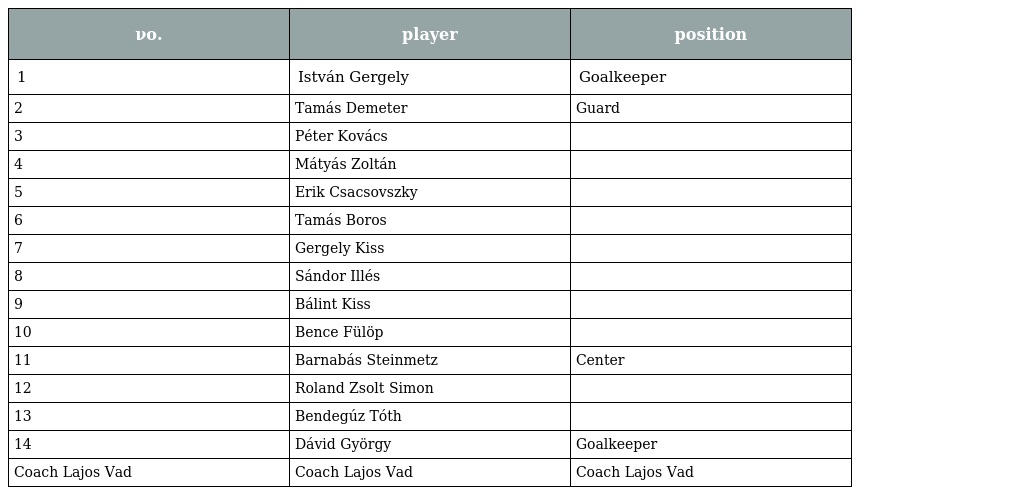
| νο. | player | position |
 | --- | --- | --- |
 | 1 | István Gergely | Goalkeeper |
 | 2 | Tamás Demeter | Guard |
 | 3 | Péter Kovács |  |
 | 4 | Mátyás Zoltán |  |
 | 5 | Erik Csacsovszky |  |
 | 6 | Tamás Boros |  |
 | 7 | Gergely Kiss |  |
 | 8 | Sándor Illés |  |
 | 9 | Bálint Kiss |  |
 | 10 | Bence Fülöp |  |
 | 11 | Barnabás Steinmetz | Center |
 | 12 | Roland Zsolt Simon |  |
 | 13 | Bendegúz Tóth |  |
 | 14 | Dávid György | Goalkeeper |
 | Coach Lajos Vad | Coach Lajos Vad | Coach Lajos Vad |